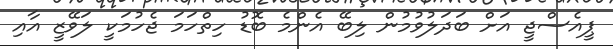
ޕީއެސްޖީ އަށް ބަދަލުވުމުން ލިބޭ އެންމެ ބޮޑު ހިތްހަމަ ޖެހުމަކީ ލަވޭޒީ އާއި